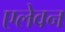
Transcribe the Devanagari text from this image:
एलेवन